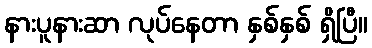
နားပူနားဆာ လုပ်နေတာ နှစ်နှစ် ရှိပြီ။